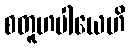
စတူဟပါယေဟိ